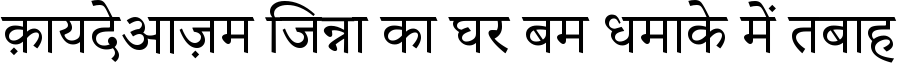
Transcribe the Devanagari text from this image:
क़ायदेआज़म जिन्ना का घर बम धमाके में तबाह